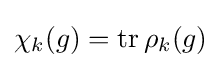
\chi _{k}(g)=\mathrm {tr} \,\rho _{k}(g)